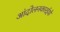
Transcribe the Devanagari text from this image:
आंदोलनकारईयों